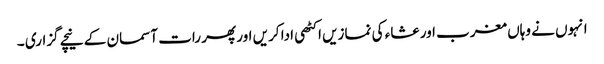
انہوں نے وہاں مغرب اور عشاء کی نمازیں اکٹھی ادا کریں اور پھر رات آسمان کے نیچے گزاری ۔